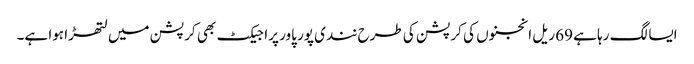
ایسا لگ رہا ہے 69 ریل انجنوں کی کرپشن کی طرح نندی پور پاور پراجیکٹ بھی کرپشن میں لتھڑا ہوا ہے۔